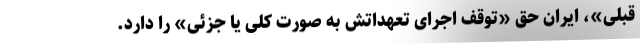
قبلی»، ایران حق «توقف اجرای تعهداتش به صورت کلی یا جزئی» را دارد.